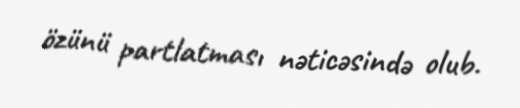
özünü partlatması nəticəsində olub.